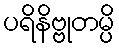
ပရိနိဗ္ဗုတမ္ပိ